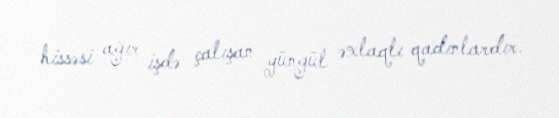
hissəsi ağır işdə çalışan yüngül əxlaqlı qadınlardır.